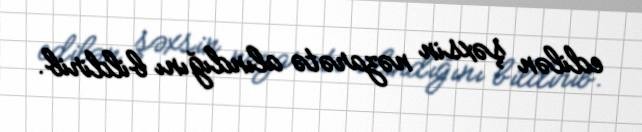
edilən şəxsin nəzarətə alındığını bildirib.